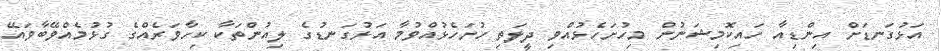
އަޅުގަނޑަށް އިންޑިއާ ހައިކޮމިޝަނުން މިހުށަހެޅުއްވި ދީލަތި ހުށަހެޅުއްވުމާ އަޅުގަނޑުގެ ލިއުންތަކާ ކިހާވަރެއްގެ ގުޅުމެއްވޭބާވައޭ